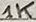
Text: 1K